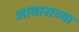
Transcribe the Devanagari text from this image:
आवाराच्या